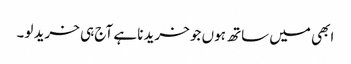
ابھی میں ساتھ ہوں جو خریدنا ہے آج ہی خرید لو۔